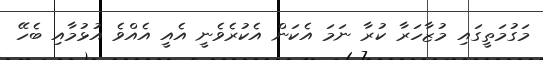
މަގުމަތީގައި މުޒާހަރާ ކުރާ ނަމަ އެކަން އެކުރެވެނީ އެއީ އެއްވެ އުޅުމާއި ބެހޭ